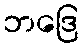
ဘဒြေ